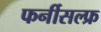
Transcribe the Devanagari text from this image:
फर्नीसल्फ्र